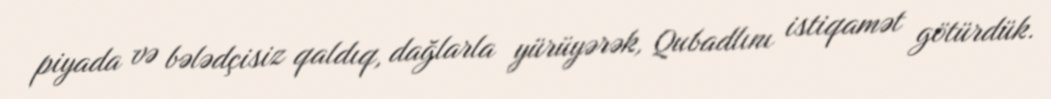
piyada və bələdçisiz qaldıq, dağlarla yürüyərək, Qubadlını istiqamət götürdük.